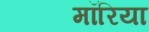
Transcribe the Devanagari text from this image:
मॉरिया